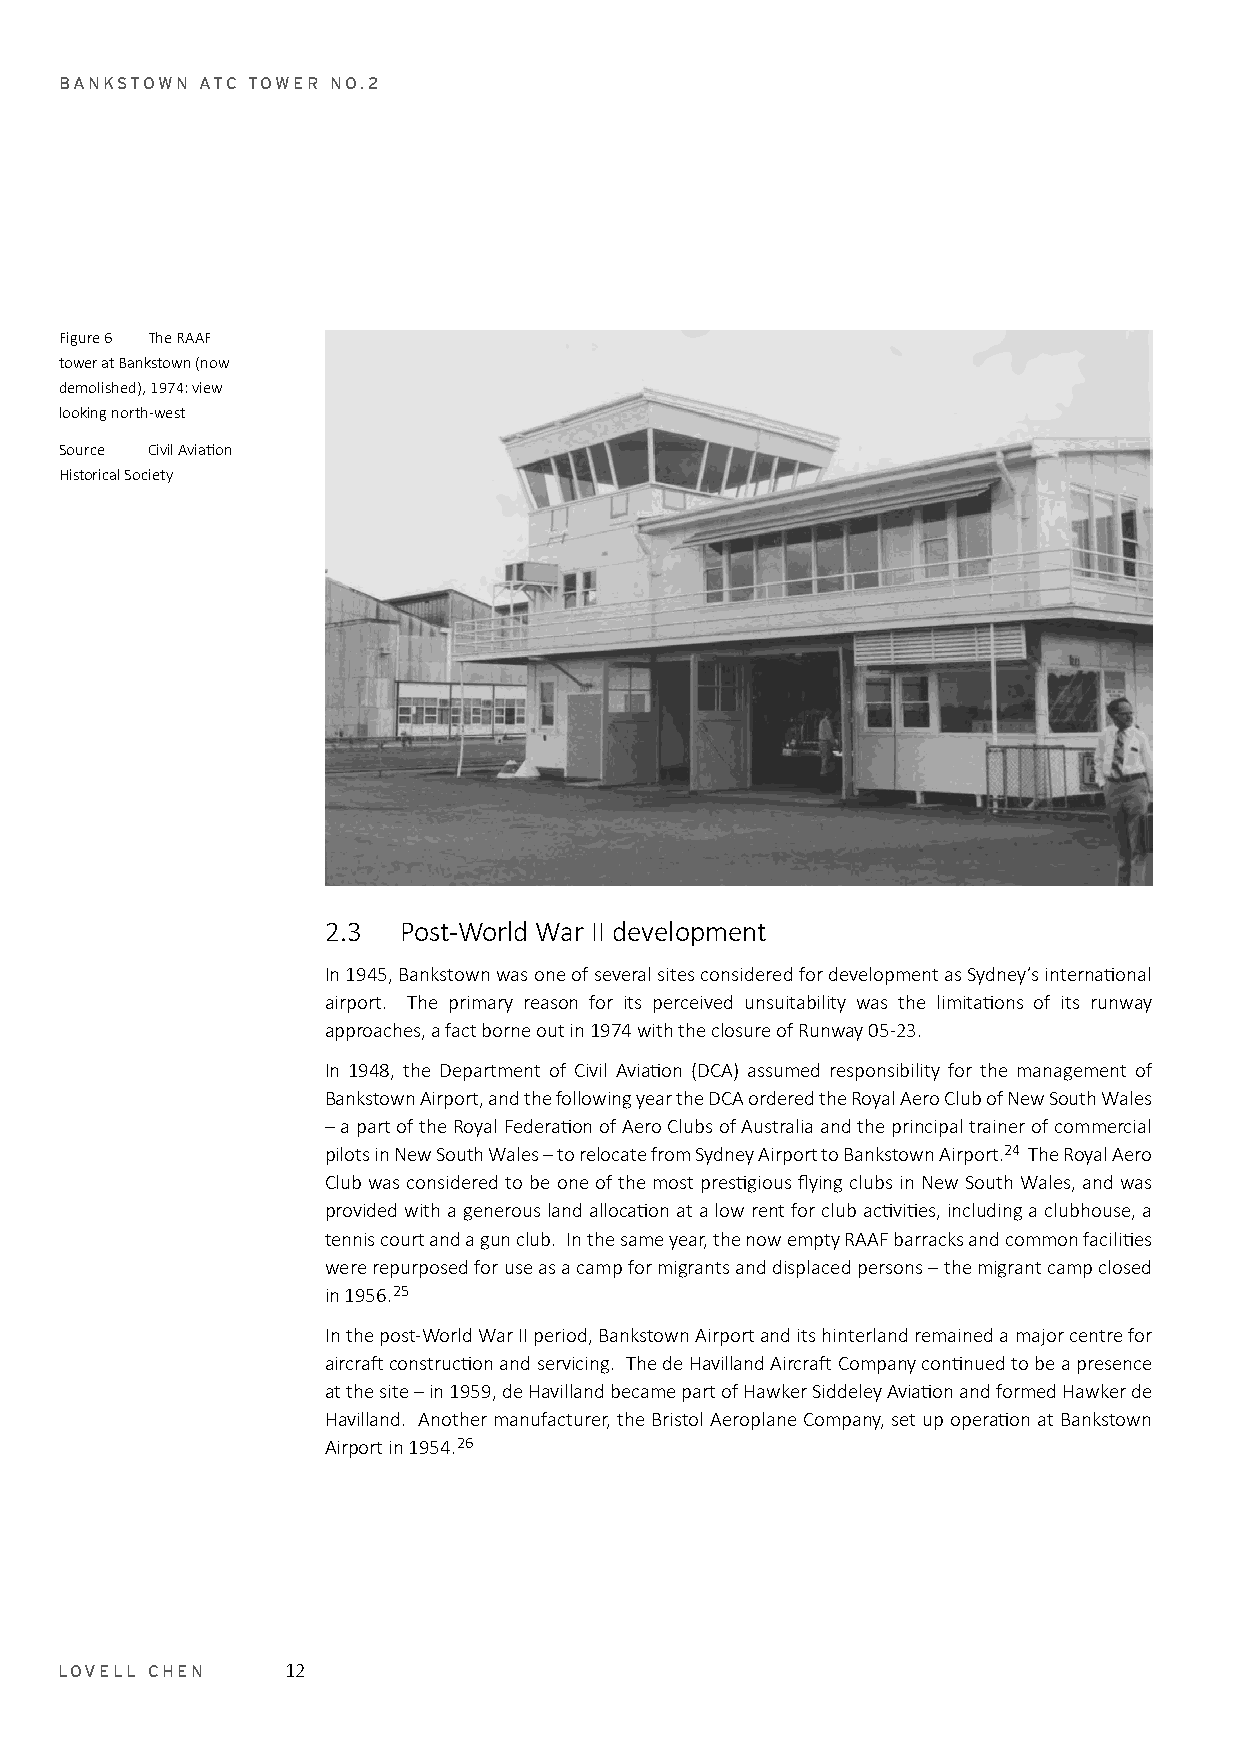
BANKSTOWN ATC TOWER NO.2
 Figure 6 The RAAF
 tower at Bankstown (now
 demolished), 1974: view
 looking north-west
 Source Civil Aviation
 Historical Society
 2.3 Post-World War II development
 In 1945, Bankstown was one of several sites considered for development as Sydney’s international
 airport. The primary reason for its perceived unsuitability was the limitations of its runway
 approaches, a fact borne out in 1974 with the closure of Runway 05-23.
 In 1948, the Department of Civil Aviation (DCA) assumed responsibility for the management of
 Bankstown Airport, and the following year the DCA ordered the Royal Aero Club of New South Wales
 – a part of the Royal Federation of Aero Clubs of Australia and the principal trainer of commercial
 pilots in New South Wales – to relocate from Sydney Airport to Bankstown Airport.24 The Royal Aero
 Club was considered to be one of the most prestigious flying clubs in New South Wales, and was
 provided with a generous land allocation at a low rent for club activities, including a clubhouse, a
 tennis court and a gun club. In the same year, the now empty RAAF barracks and common facilities
 were repurposed for use as a camp for migrants and displaced persons – the migrant camp closed
 in 1956.25
 In the post-World War II period, Bankstown Airport and its hinterland remained a major centre for
 aircraft construction and servicing. The de Havilland Aircraft Company continued to be a presence
 at the site – in 1959, de Havilland became part of Hawker Siddeley Aviation and formed Hawker de
 Havilland. Another manufacturer, the Bristol Aeroplane Company, set up operation at Bankstown
 Airport in 1954.26
 LOVELL CHEN    12